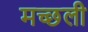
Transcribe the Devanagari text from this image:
मच्छली